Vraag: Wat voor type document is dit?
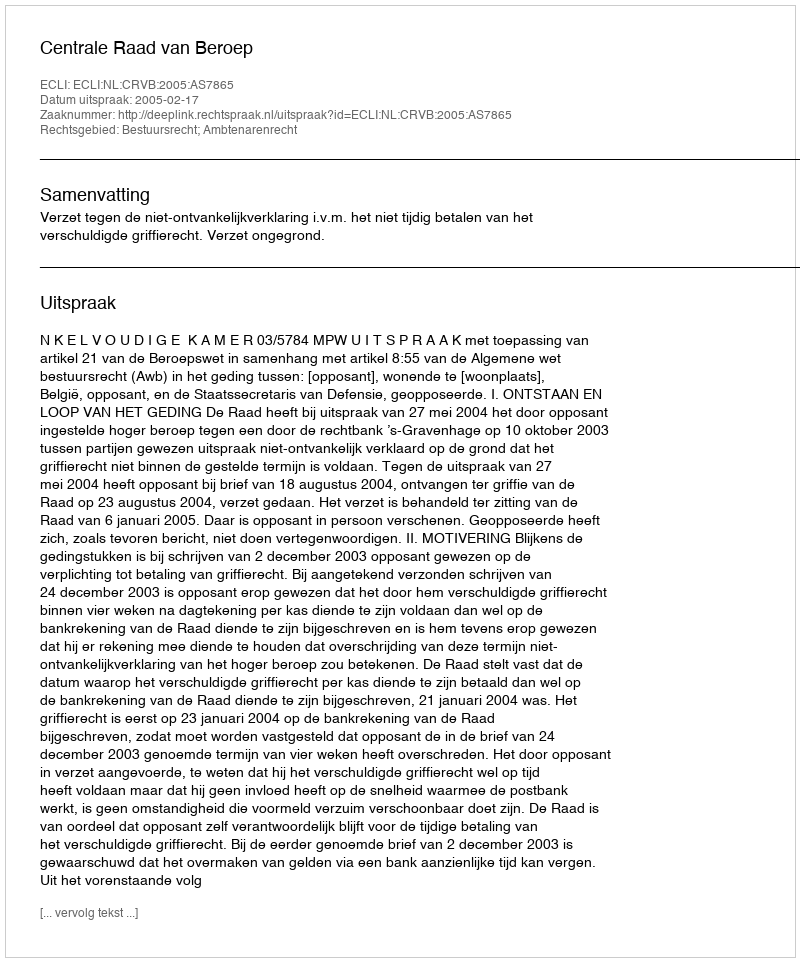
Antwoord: Uitspraak